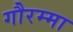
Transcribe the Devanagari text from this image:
गौरम्मा